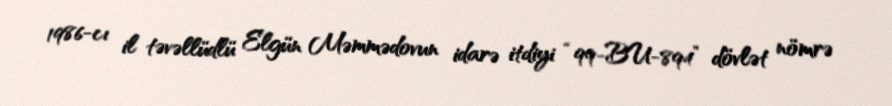
1986-cı il təvəllüdlü Elgün Məmmədovun idarə itdiyi “99-BU-894” dövlət nömrə